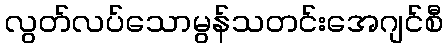
လွတ်လပ်သောမွန်သတင်းအေဂျင်စီ